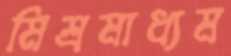
মিশ্রমাধ্যম